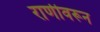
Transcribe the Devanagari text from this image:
राणीवरून